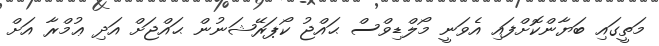
މަތީގައި ބަޔާންކޮށްފައި އެވަނީ މޯލްޑިވްސް ޙައްޖު ކޯޕަރޭޝަނުން ޙައްޖަށް އަދި ޢުމްރާ އަށް